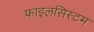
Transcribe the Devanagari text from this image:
फाइलसिस्टम